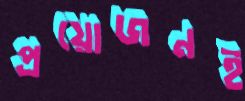
প্রয়োজনই